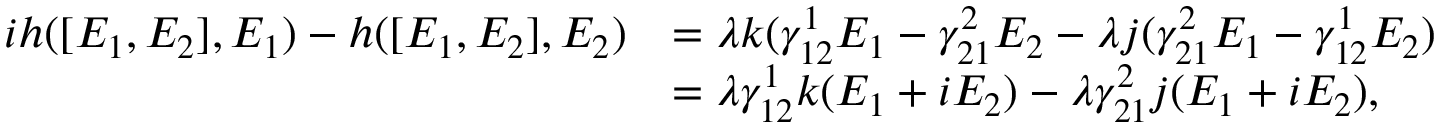
\begin{array} { r l } { i h ( [ E _ { 1 } , E _ { 2 } ] , E _ { 1 } ) - h ( [ E _ { 1 } , E _ { 2 } ] , E _ { 2 } ) } & { = \lambda k ( \gamma _ { 1 2 } ^ { 1 } E _ { 1 } - \gamma _ { 2 1 } ^ { 2 } E _ { 2 } - \lambda j ( \gamma _ { 2 1 } ^ { 2 } E _ { 1 } - \gamma _ { 1 2 } ^ { 1 } E _ { 2 } ) } \\ & { = \lambda \gamma _ { 1 2 } ^ { 1 } k ( E _ { 1 } + i E _ { 2 } ) - \lambda \gamma _ { 2 1 } ^ { 2 } j ( E _ { 1 } + i E _ { 2 } ) , } \end{array}